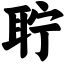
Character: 聍